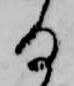
る